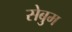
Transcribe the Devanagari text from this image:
सेबुम